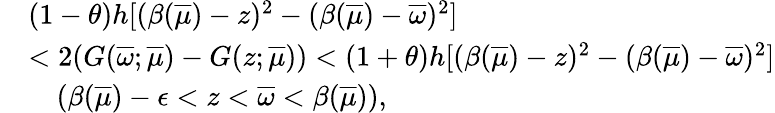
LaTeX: \begin{array}{rl}&{(1-\theta)h[(\beta(\overline{{\mu}})-z)^{2}-(\beta(\overline{{\mu}})-\overline{{\omega}})^{2}]}\\ &{<2(G(\overline{{\omega}};\overline{{\mu}})-G(z;\overline{{\mu}}))<(1+\theta)h[(\beta(\overline{{\mu}})-z)^{2}-(\beta(\overline{{\mu}})-\overline{{\omega}})^{2}]}\\ &{\quad(\beta(\overline{{\mu}})-{\epsilon}<z<\overline{{\omega}}<\beta(\overline{{\mu}})),}\end{array}